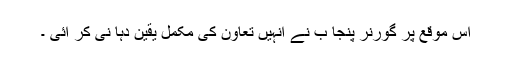
اس موقع پر گورنر پنجا ب نے انہیں تعاون کی مکمل یقین دہا نی کر ائی ۔